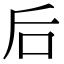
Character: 后